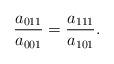
LaTeX: \begin{align*}\frac{a_{011}}{a_{001}} = \frac{a_{111}}{a_{101}}.\end{align*}